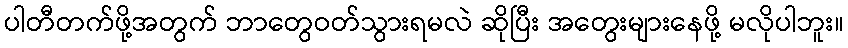
ပါတီတက်ဖို့အတွက် ဘာတွေဝတ်သွားရမလဲ ဆိုပြီး အတွေးများနေဖို့ မလိုပါဘူး။